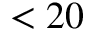
< 2 0